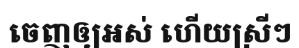
ចេញឲ្យអស់ ហើយស្រីៗ